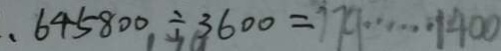
、 6 4 5 8 0 0 \div 3 6 0 0 = 7 7 9 \cdots 1 4 0 0